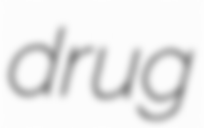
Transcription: drug